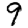
Digit: 9